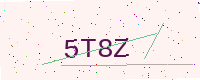
Text: 5T8Z